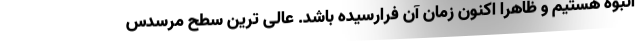
انبوه هستیم و ظاهرا اکنون زمان آن فرارسیده باشد. عالی ترین سطح مرسدس